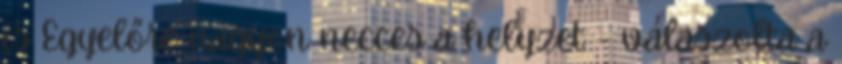
is Egyelőre nagyon necces a helyzet - válaszolta a